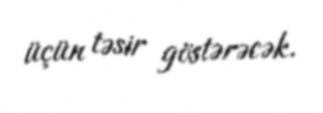
üçün təsir göstərəcək.